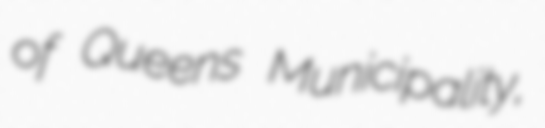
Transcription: of Queens Municipality,